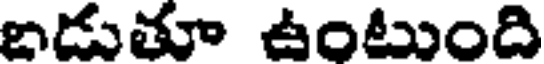
బడుతూ ఉంటుంది